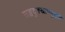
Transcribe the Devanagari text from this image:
सब्बदुक्खापमुच्चति